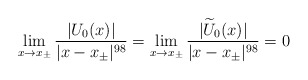
\begin{align*}\lim_{x\rightarrow x_\pm}\frac{ \vert U_0(x)\vert}{\vert x-x_\pm\vert^{98}}=\lim_{x\rightarrow x_\pm}\frac{ \vert \widetilde U_0(x)\vert}{\vert x-x_\pm\vert^{98}}=0\end{align*}